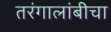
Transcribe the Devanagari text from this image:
तरंगालांबीचा